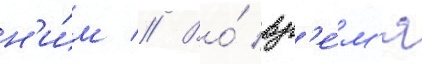
н'и́м // Во́ вр'е́м'я